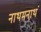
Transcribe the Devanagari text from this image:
नाथमनाथं